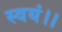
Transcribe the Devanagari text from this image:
स्वयं।।